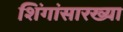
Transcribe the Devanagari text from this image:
शिंगांसारख्या